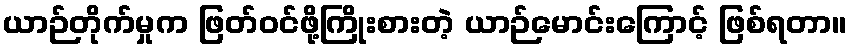
ယာဉ်တိုက်မှုက ဖြတ်ဝင်ဖို့ကြိုးစားတဲ့ ယာဉ်မောင်းကြောင့် ဖြစ်ရတာ။